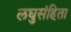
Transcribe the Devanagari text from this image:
लघुसंहिता